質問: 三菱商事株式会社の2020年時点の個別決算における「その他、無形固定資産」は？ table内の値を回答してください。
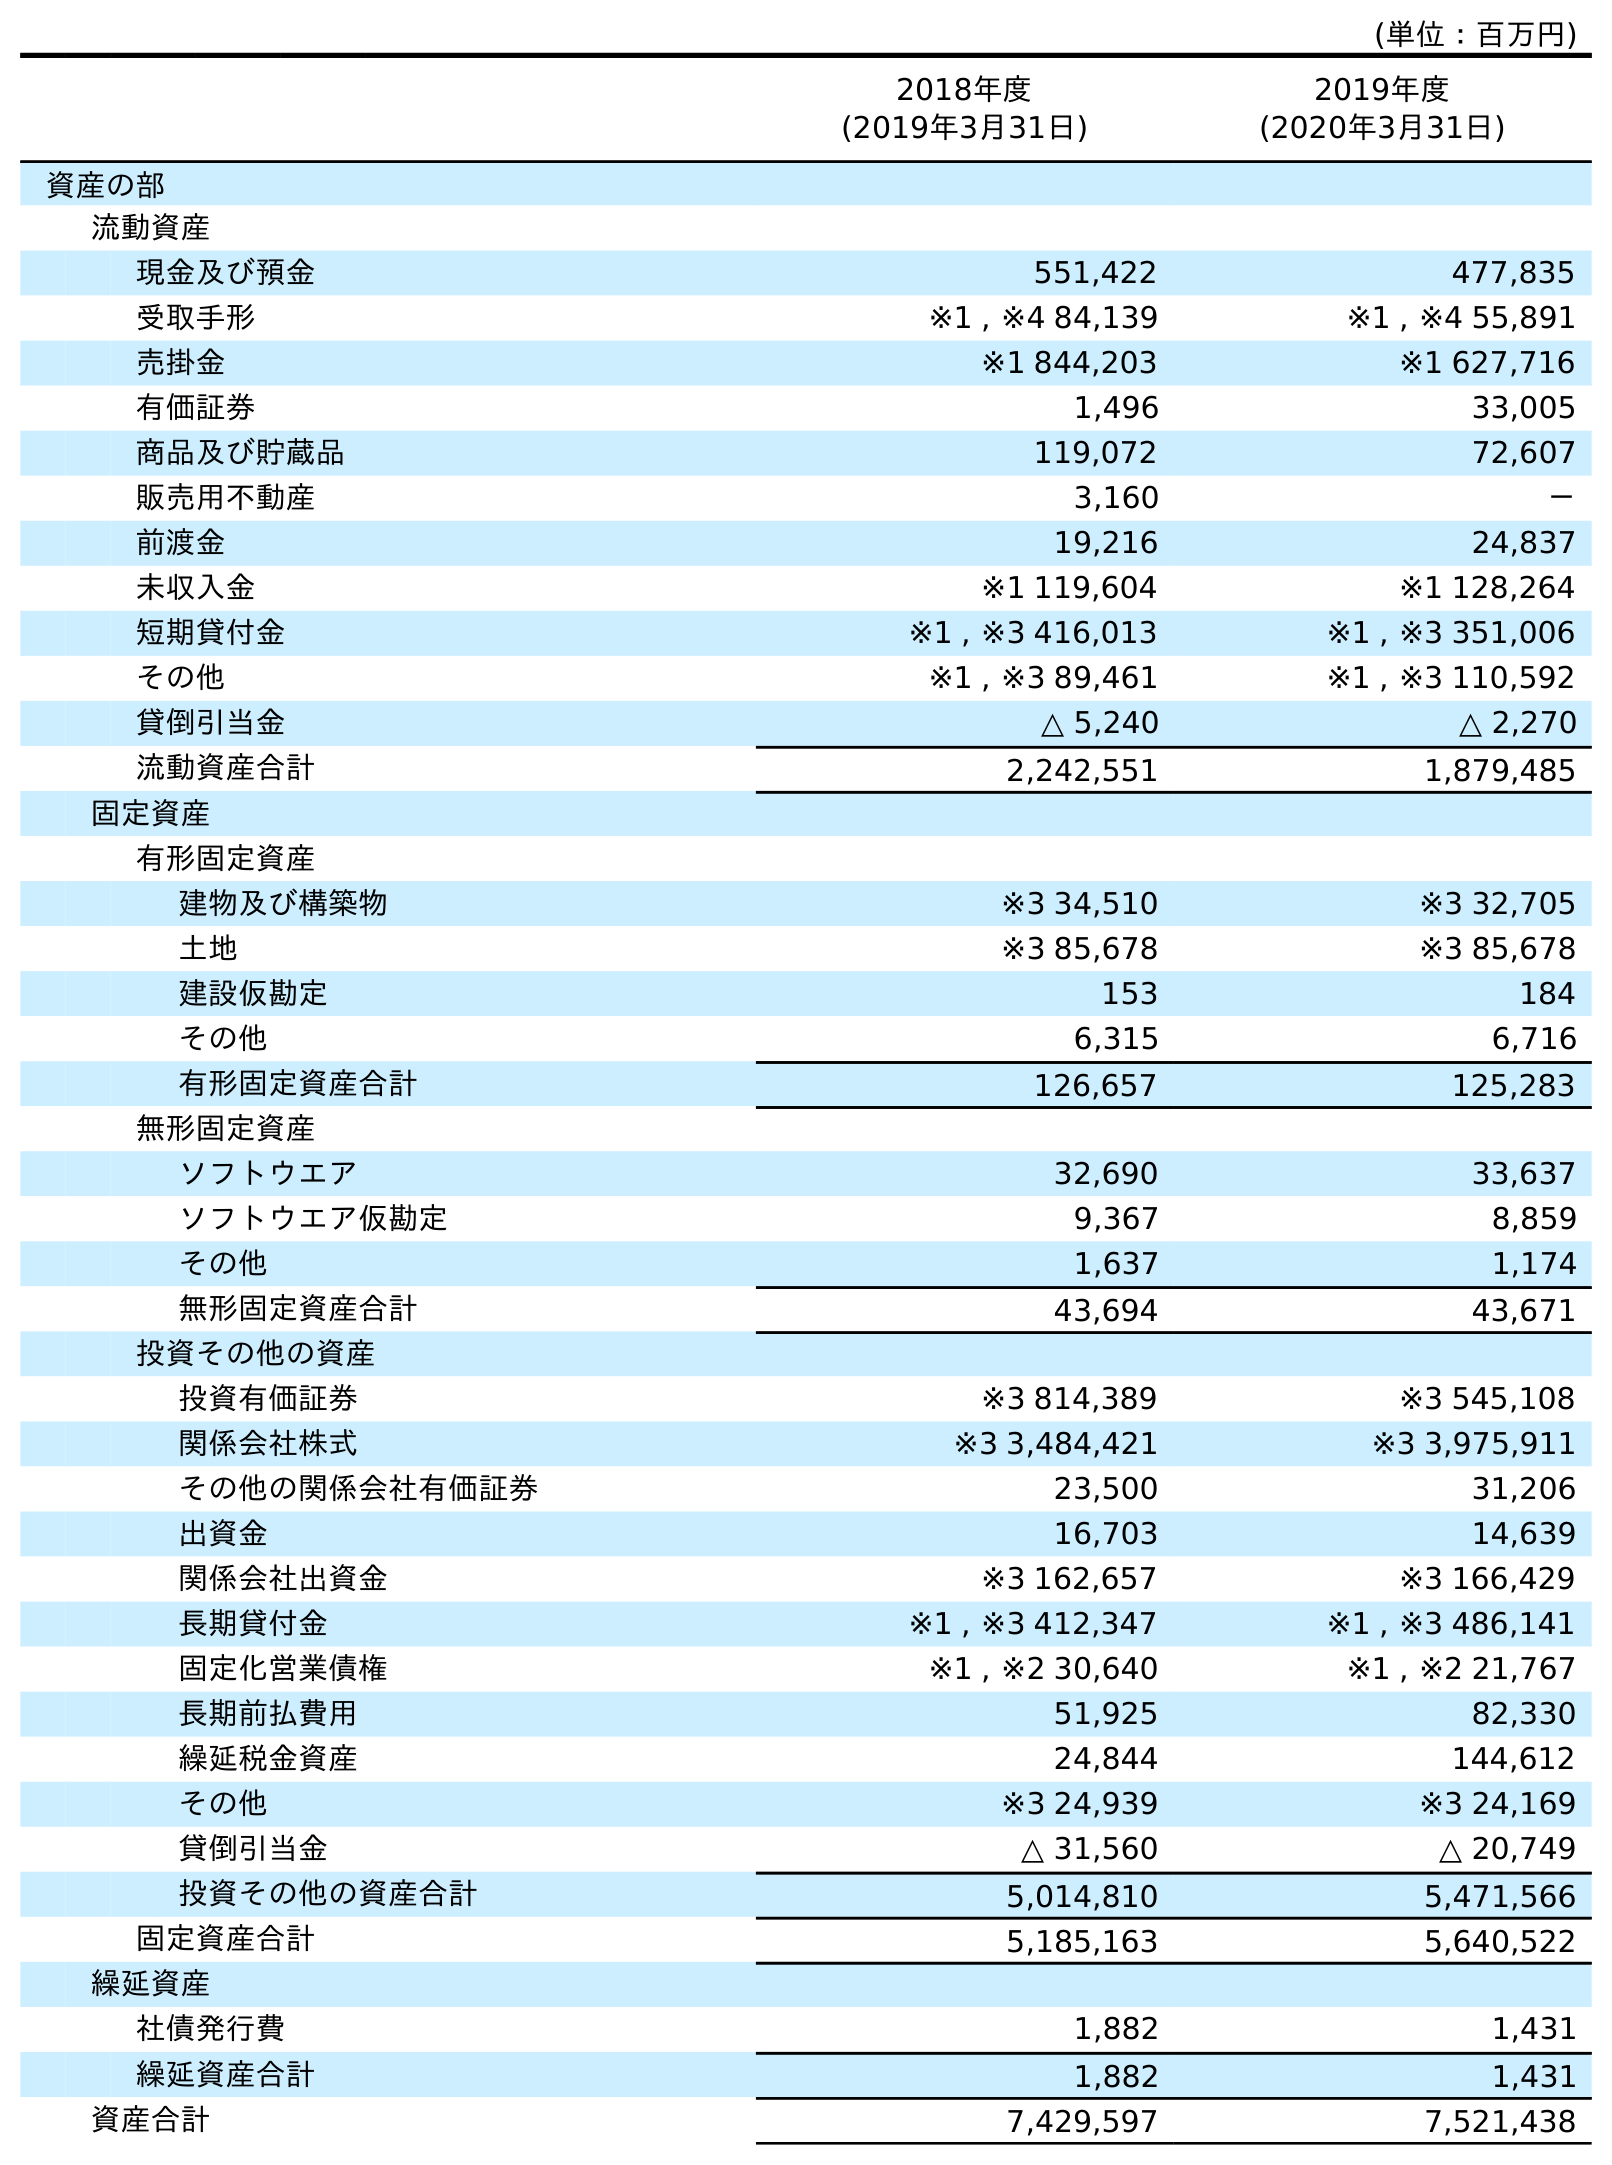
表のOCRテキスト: (単位：百万円) 2018年度 (2019年3月31日) 2019年度 (2020年3月31日) 資産の部 流動資産 現金及び預金 551,422 477,835 受取手形 ※1 , ※4 84,139 ※1 , ※4 55,891 売掛金 ※1 844,203 ※1 627,716 有価証券 1,496 33,005 商品及び貯蔵品 119,072 72,607 販売用不動産 3,160 － 前渡金 19,216 24,837 未収入金 ※1 119,604 ※1 128,264 短期貸付金 ※1 , ※3 416,013 ※1 , ※3 351,006 その他 ※1 , ※3 89,461 ※1 , ※3 110,592 貸倒引当金 △ 5,240 △ 2,270 流動資産合計 2,242,551 1,879,485 固定資産 有形固定資産 建物及び構築物 ※3 34,510 ※3 32,705 土地 ※3 85,678 ※3 85,678 建設仮勘定 153 184 その他 6,315 6,716 有形固定資産合計 126,657 125,283 無形固定資産 ソフトウエア 32,690 33,637 ソフトウエア仮勘定 9,367 8,859 その他 1,637 1,174 無形固定資産合計 43,694 43,671 投資その他の資産 投資有価証券 ※3 814,389 ※3 545,108 関係会社株式 ※3 3,484,421 ※3 3,975,911 その他の関係会社有価証券 23,500 31,206 出資金 16,703 14,639 関係会社出資金 ※3 162,657 ※3 166,429 長期貸付金 ※1 , ※3 412,347 ※1 , ※3 486,141 固定化営業債権 ※1 , ※2 30,640 ※1 , ※2 21,767 長期前払費用 51,925 82,330 繰延税金資産 24,844 144,612 その他 ※3 24,939 ※3 24,169 貸倒引当金 △ 31,560 △ 20,749 投資その他の資産合計 5,014,810 5,471,566 固定資産合計 5,185,163 5,640,522 繰延資産 社債発行費 1,882 1,431 繰延資産合計 1,882 1,431 資産合計 7,429,597 7,521,438
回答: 1,174